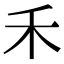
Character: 禾